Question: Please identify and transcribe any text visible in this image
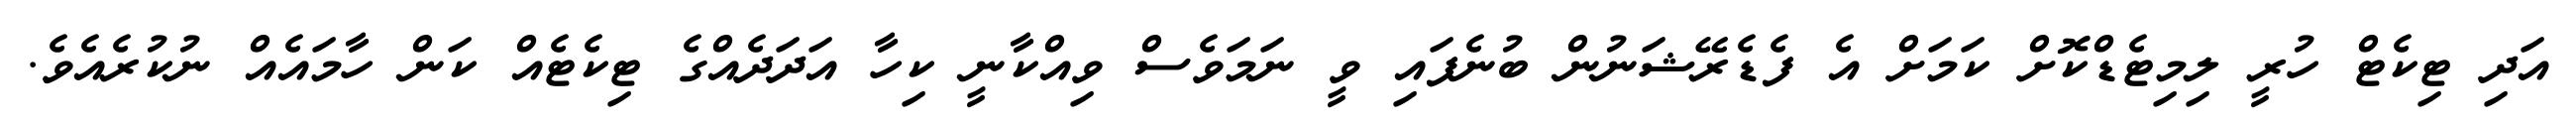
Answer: އަދި ޓިކެޓް ހުރީ ލިމިޓެޑްކޮށް ކަމަށް އެ ފެޑެރޭޝަނުން ބުނެފައި ވީ ނަމަވެސް ވިއްކާނީ ކިހާ އަދަދެއްގެ ޓިކެޓެއް ކަން ހާމައެއް ނުކުރެއެވެ.